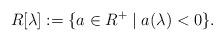
LaTeX: \begin{align*}R[\lambda]:= \{a\in R^+ \mid a(\lambda ) < 0\}.\end{align*}